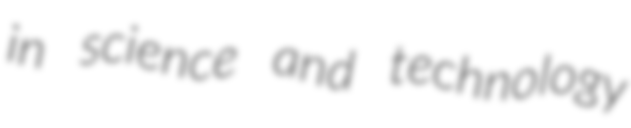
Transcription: in science and technology